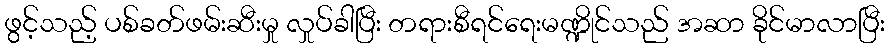
ဖွင့်သည့် ပစ်ခတ်ဖမ်းဆီးမှု လှုပ်ခါပြီး တရားစီရင်ရေးမဏ္ဍိုင်သည် အဆာ ခိုင်မာလာပြီး